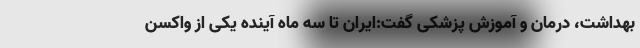
بهداشت، درمان و آموزش پزشکی گفت:ایران تا سه ماه آینده یکی از واکسن